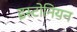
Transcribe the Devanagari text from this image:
इस्टोनियन